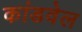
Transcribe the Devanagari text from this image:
कांडवेल